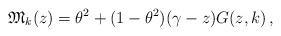
LaTeX: \begin{align*} \mathfrak{M}_k(z)=\theta^2+(1-\theta^2)(\gamma -z)G(z,k)\,,\end{align*}